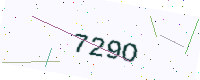
Text: 729O